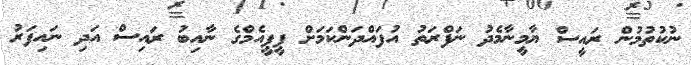
ނުކުތުމުން ރައީސް ޔާމީނާމެދު ނަފްރަތު އުފައްދަންކަމަށް ޕީޕީއެމްގެ ނާއިބު ރައިސް އަދި ނައިފަރު